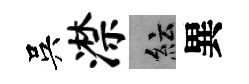
吳潸紜異